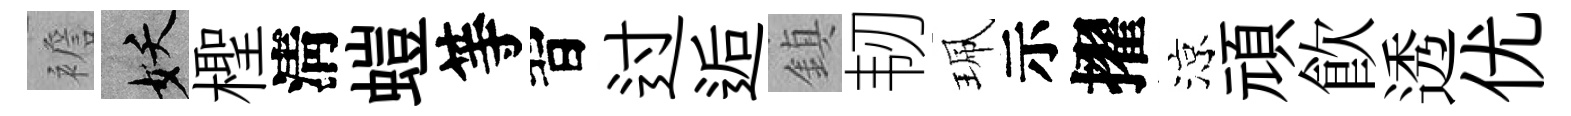
襜妖檉淸螘等習过逅鎮韧珮示擢涼頑飮透优